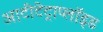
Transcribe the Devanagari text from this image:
आटीटेट्राप्लॉइड